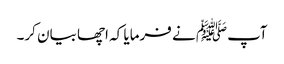
آپﷺ نے فرمایا کہ اچھا بیان کر۔